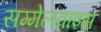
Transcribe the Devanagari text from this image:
सम्मेलवाइस